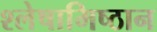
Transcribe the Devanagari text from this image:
श्लेषामिष्ठान